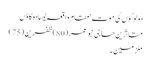
دولوگوں کی موت‘ مقام واقعہ لیسادہ گاؤں
متاثرین حاجی نبو عمر (80)ظفرین (75)
ملزمین ۔